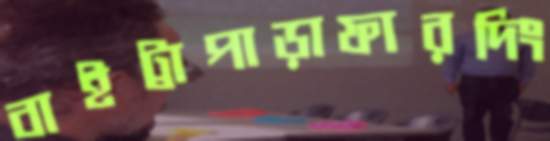
বাইট্রাপাড়াফারদিং